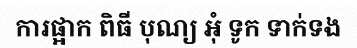
ការផ្អាក ពិធី បុណ្យ អុំ ទូក ទាក់ទង